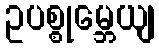
ဥပစ္စုမ္ဘေယျ